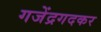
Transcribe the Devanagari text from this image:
गजेंद्रगदकर